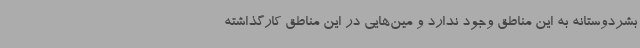
بشردوستانه به این مناطق وجود ندارد و مین‌هایی در این مناطق کارگذاشته